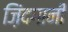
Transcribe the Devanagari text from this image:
ज़िंदगानी